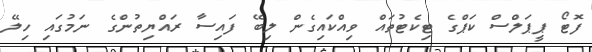
ފޮޓޯ ޕީޕަލްސް ކަޕްގެ ޓިކެޓުތައް ވިއްކައިގެން ލިބޭ ފައިސާ ރައްޔިތުންގެ ނަމުގައި ހިލޭ